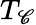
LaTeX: T_{\mathscr{C}}